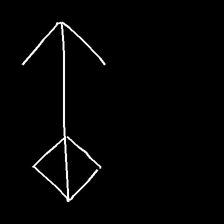
Glyph: focus